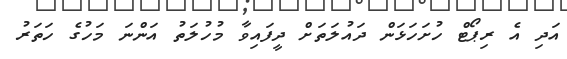
އަދި އެ ރިޕޯޓް ހުށަހަޅަން ދައުލަތަށް ދީފައިވާ މުހުލަތު އަންނަ މަހުގެ ހަތަރު